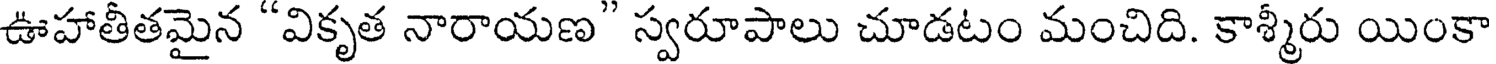
ఊహాతీతమైన "వికృత నారాయణ" స్వరూపాలు చూడటం మంచిది. కాశ్మీరు యింకా